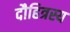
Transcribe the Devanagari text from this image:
दौहित्रस्य